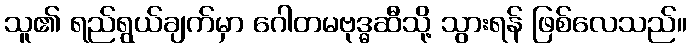
သူ၏ ရည်ရွယ်ချက်မှာ ဂေါတမဗုဒ္ဓဆီသို့ သွားရန် ဖြစ်လေသည်။